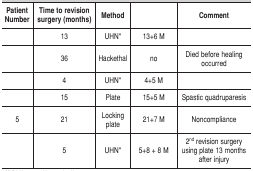
<table><thead><tr><td><b>Patient Number</b></td><td><b>Time to revision surgery (months)</b></td><td><b>Method</b></td><td>[EMPTY_CELL]</td><td><b>Comment</b></td></tr></thead><tbody><tr><td>[EMPTY_CELL]</td><td>13 </td><td>UHN*</td><td>13+6 M</td><td>[EMPTY_CELL]</td></tr><tr><td>[EMPTY_CELL]</td><td>36 </td><td>Hackethal</td><td>no</td><td>Died before healing occurred</td></tr><tr><td>[EMPTY_CELL]</td><td>4 </td><td>UHN*</td><td>4+5 M</td><td>[EMPTY_CELL]</td></tr><tr><td>[EMPTY_CELL]</td><td>15 </td><td>Plate</td><td>15+5 M</td><td>Spastic quadruparesis</td></tr><tr><td>5</td><td>21 </td><td>Locking plate</td><td>21+7 M</td><td>Noncompliance</td></tr><tr><td>[EMPTY_CELL]</td><td>5 </td><td>UHN*</td><td>5+8 + 8 M</td><td>2<sup>nd</sup> revision surgery using plate 13 months after injury</td></tr></tbody></table>